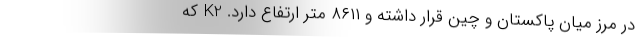
در مرز میان پاکستان و چین قرار داشته و ۸۶۱۱ متر ارتفاع دارد. K2 که